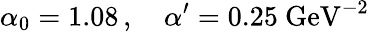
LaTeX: \alpha_{0}=1.08\, ,\quad\alpha^{\prime}=0.25~\mathrm{GeV}^{-2}\,